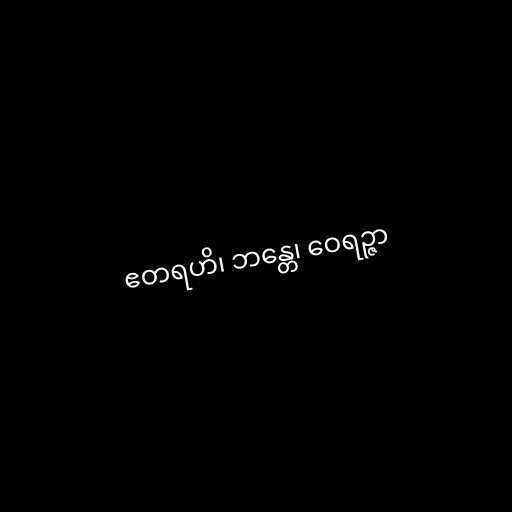
ဧတရဟိ၊ ဘန္တေ၊ ဝေရဉ္ဇာ